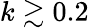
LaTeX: k\gtrsim 0.2